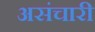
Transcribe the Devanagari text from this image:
असंचारी